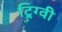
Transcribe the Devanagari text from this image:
ट्रिग्वी